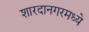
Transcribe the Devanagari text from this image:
शारदानगरमध्ये